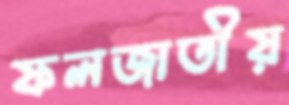
ফলজাতীয়